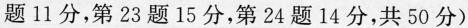
题11分，第23题15分，第24题14分，共50分)